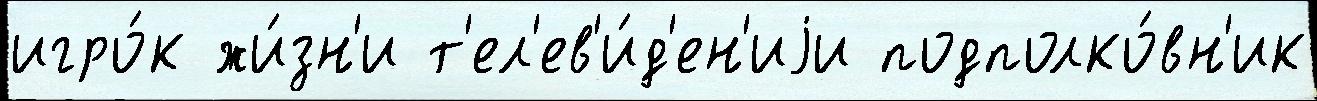
игро́к жи́зн'и т'ел'ев'и́д'ен'иjи подполко́вн'ик